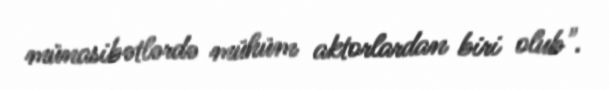
münasibətlərdə mühüm aktorlardan biri olub".